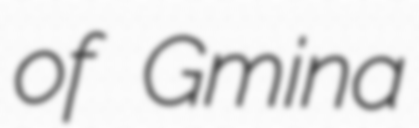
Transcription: of Gmina